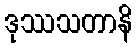
ဒုဿသတာနိ